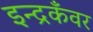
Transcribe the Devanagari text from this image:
इन्द्रकँवर